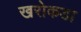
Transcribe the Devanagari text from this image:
खरोकडा